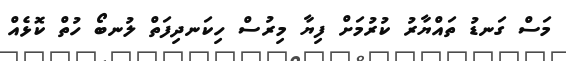
މަސް ގަނޑު ތައްޔާރު ކުރުމަށް ފިޔާ މިރުސް ހިކަނދިފަތް ލުނބޯ ހުތް ކޮޅެއް